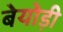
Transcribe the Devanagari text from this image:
बेयोड़ी